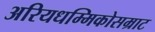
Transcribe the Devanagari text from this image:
अरियधम्मिकोसम्राट